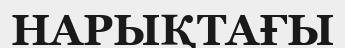
НАРЫҚТАҒЫ